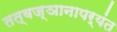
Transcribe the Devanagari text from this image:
तत्वज्ञानापर्यंत